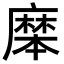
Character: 𪎝